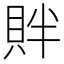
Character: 𬥓